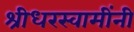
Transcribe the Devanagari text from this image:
श्रीधरस्वामींनी